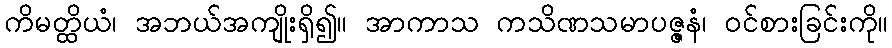
ကိမတ္ထိယံ၊ အဘယ်အကျိုးရှိ၍။ အာကာသ ကသိဏသမာပဇ္ဇနံ၊ ဝင်စားခြင်းကို။